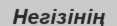
Негізінің